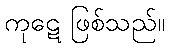
ကုဋေ ဖြစ်သည်။